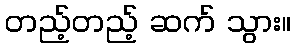
တည့်တည့် ဆက် သွား။